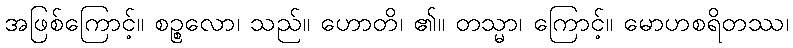
အဖြစ်ကြောင့်။ စဉ္စလော၊ သည်။ ဟောတိ၊ ၏။ တသ္မာ၊ ကြောင့်။ မောဟစရိတဿ၊